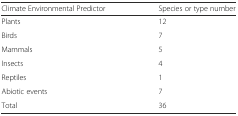
<table><thead><tr><td><b>Climate Environmental Predictor</b></td><td><b>Species or type number</b></td></tr></thead><tbody><tr><td>Plants</td><td>12</td></tr><tr><td>Birds</td><td>7</td></tr><tr><td>Mammals</td><td>5</td></tr><tr><td>Insects</td><td>4</td></tr><tr><td>Reptiles</td><td>1</td></tr><tr><td>Abiotic events</td><td>7</td></tr><tr><td>Total</td><td>36</td></tr></tbody></table>